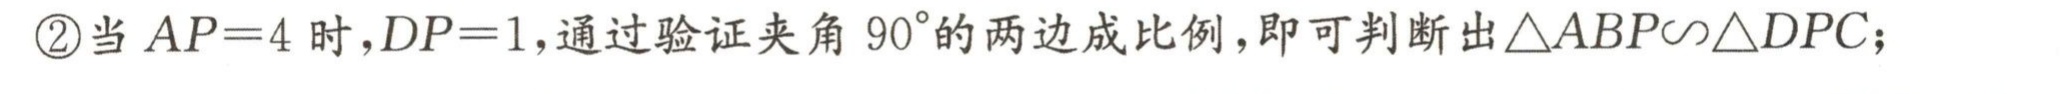
\textcircled{2}当 \(AP = 4\) 时，\(DP = 1\)，通过验证夹角 \(90^{\circ}\)的两边成比例，即可判断出\(\triangle ABP\sim\triangle DPC\)；